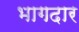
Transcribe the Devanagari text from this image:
भागदार